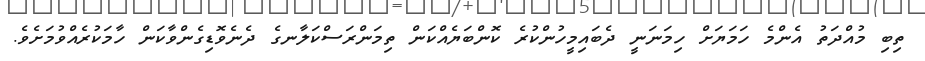
ތިބި މުއްދަތު އެންމެ ހަމަޔަށް ހިމަނަނީ ދެބައިމީހުންކުރެ ކޮންބަޔެއްކަން ތިމަންރަސްކަލާނގެ ދެނެވޮޑިގެންވާކަން ހާމަކުރެއްވުމަށެވެ.